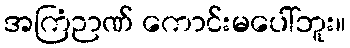
အကြံဉာဏ် ကောင်းမပေါ်ဘူး။